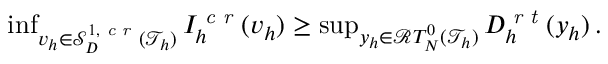
\begin{array} { r } { \operatorname* { i n f } _ { v _ { h } \in \mathcal { S } _ { D } ^ { 1 , \textit { c r } } ( \mathcal { T } _ { h } ) } { I _ { h } ^ { \textit { c r } } ( v _ { h } ) } \ge \operatorname* { s u p } _ { y _ { h } \in \mathcal { R } T _ { N } ^ { 0 } ( \mathcal { T } _ { h } ) } { D _ { h } ^ { \textit { r t } } ( y _ { h } ) } \, . } \end{array}